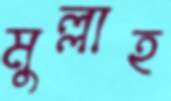
মুল্লাহ